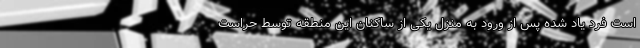
است فرد یاد شده پس از ورود به منزل یکی از ساکنان این منطقه توسط حراست